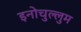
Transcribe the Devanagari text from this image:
इनोचुल्लुम